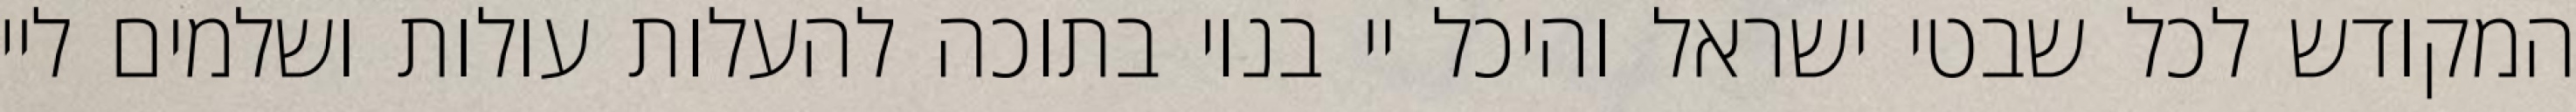
המקודש לכל שבטי ישראל והיכל יי בנוי בתוכה להעלות עולות ושלמים ליי